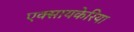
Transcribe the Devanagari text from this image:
एक्सायकेरिया